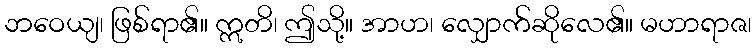
ဘဝေယျ၊ ဖြစ်ရာ၏။ ဣတိ၊ ဤသို့။ အာဟ၊ လျှောက်ဆိုလေ၏။ မဟာရာဇ၊